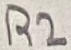
Text: R2